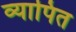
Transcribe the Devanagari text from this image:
व्यापित